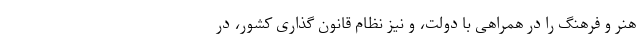
هنر و فرهنگ را در همراهی با دولت، و نیز نظام قانون گذاری کشور، در